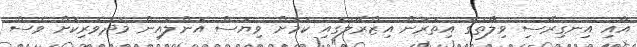
އާއި އިނގިރޭސި ވިލާތުގެ އިތުރުން އިޒްރޭލުގައި ކަމަށް ވިޔަސް އޮންލައިން މެދުވެރިކޮށް ވެސް